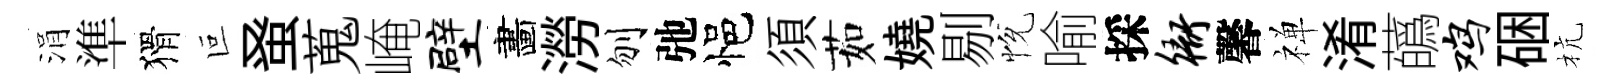
涓準猾叵𫊫蒐崦壁畵澇刎弛悒須茹嬈剔恱喻採衙馨禅淆蘤鸡硱杭